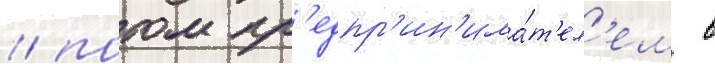
/ потом пр'едпр'ин'има́т'ел'ем в